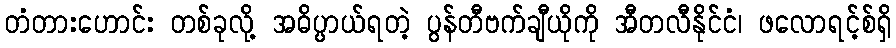
တံတားဟောင်း တစ်ခုလို့ အဓိပ္ပာယ်ရတဲ့ ပွန်တီဗက်ချီယိုကို အီတလီနိုင်ငံ၊ ဖလောရင့်စ်ရှိ